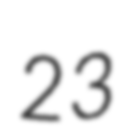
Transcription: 23